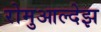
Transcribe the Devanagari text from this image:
रोमुआल्देझ